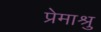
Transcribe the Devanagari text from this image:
प्रेमाश्रु